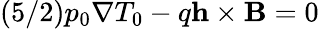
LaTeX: (5/2)p_{0}\nabla T_{0}-q\mathbf{h}\times\mathbf{B}=0